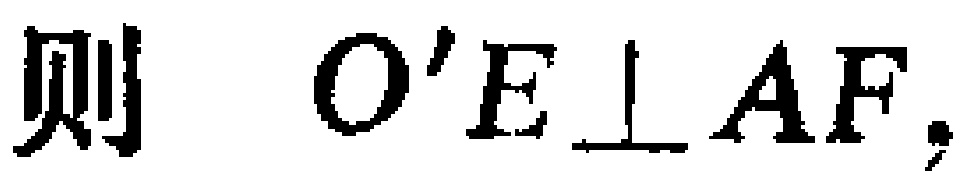
则 \(O'E\perp AF\)，